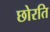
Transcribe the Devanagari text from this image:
छोरति